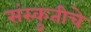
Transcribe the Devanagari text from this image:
संस्कुतीचे